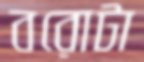
বরোটা